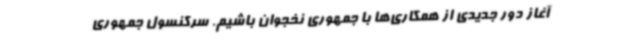
آغاز دور جدیدی از همکاری‌ها با جمهوری نخجوان باشیم. سرکنسول جمهوری